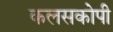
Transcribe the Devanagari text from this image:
कलसकोपी